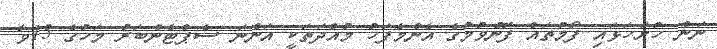
ނަން ހުށަހަޅައި ފޯމުތައް ފޮނުވުމުގެ އެންމެފަހު މުއްދަތަކީ އަންނަ ސެޕްޓެންބަރު މަހުގެ 15ވާ